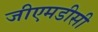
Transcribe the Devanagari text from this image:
जीएमडीसी